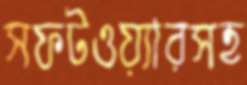
সফটওয়্যারসহ